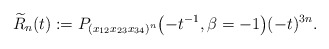
\begin{gather*} {\widetilde{R}}_n(t) :=P_{(x_{12} x_{23} x_{34})^n} \big({-}t^{-1}, \beta= -1\big) (-t)^{3n}. \end{gather*}